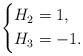
LaTeX: \begin{align*}\left\{\begin{alignedat}{2}H_2 &= 1,\\H_3 &= -1.\end{alignedat}\right.\end{align*}